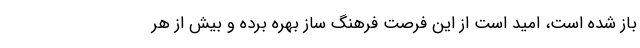
باز شده است، امید است از این فرصت فرهنگ ساز بهره برده و بیش از هر